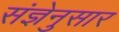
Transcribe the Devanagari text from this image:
संज्ञेनुसार